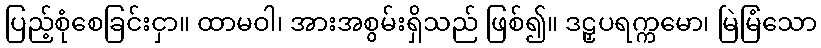
ပြည့်စုံစေခြင်းငှာ။ ထာမဝါ၊ အားအစွမ်းရှိသည် ဖြစ်၍။ ဒဠှပရက္ကမော၊ မြဲမြံသော